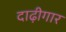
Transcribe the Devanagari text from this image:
दाढ़ीगार